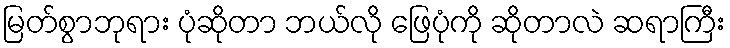
မြတ်စွာဘုရား ပုံဆိုတာ ဘယ်လို ဖြေပုံကို ဆိုတာလဲ ဆရာကြီး